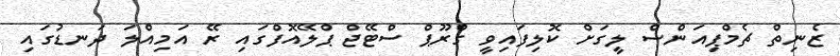
ޒެނިތް ޗެމްޕިއަންސް ލީގަށް ކޮލިފައިވީ ގްރޫޕް ސްޓޭޖް ޕްލޭއޮފްގައި ރޭ އަމިއްލަ ދަނޑުގައި